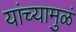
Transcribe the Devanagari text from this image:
यांच्यामुळं